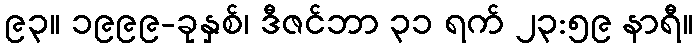
၉၃။ ၁၉၉၉-ခုနှစ်၊ ဒီဇင်ဘာ ၃၁ ရက် ၂၃:၅၉ နာရီ။